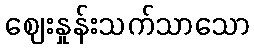
ဈေးနှုန်းသက်သာသော